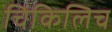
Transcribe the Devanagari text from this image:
चिंकिलिच